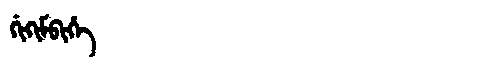
Manchu: ᡤᡳᡴᡳᠮᠪᡳᡥᡝ
Romanization: GIKIMBIHE